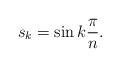
LaTeX: \begin{align*} s_k = \sin k \frac{\pi}{n}.\end{align*}